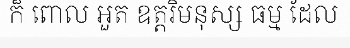
ក៏ ពោល អួត ឧត្តរិមនុស្ស ធម្ម ដែល